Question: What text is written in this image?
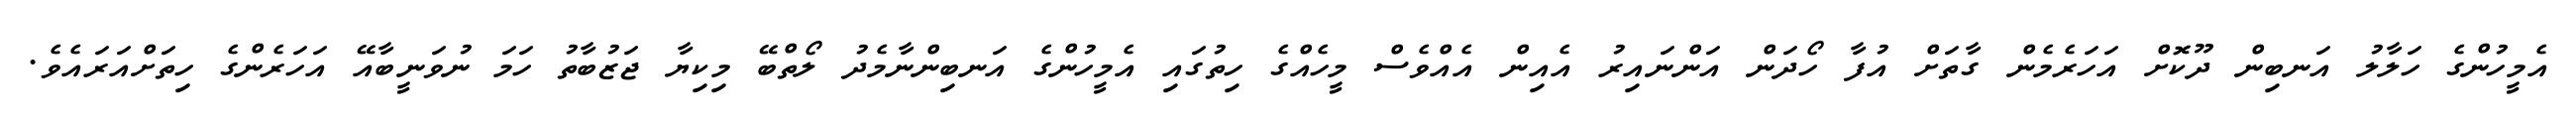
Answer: އެމީހުންގެ ހަލާލު އަނބިން ދޫކޮށް އަހަރެމެން ގާތަށް އުފާ ހޯދަން އަންނައިރު އެއިން އެއްވެސް މީހެއްގެ ހިތުގައި އެމީހުންގެ އަނބިންނާމެދު ލޯތްބޭ މިކިޔާ ޖަޒުބާތު ހަމަ ނުވަނީބާއޭ އަހަރެންގެ ހިތަށްއަރައެވެ.